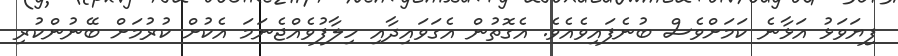
ފިޔަވަޅު އަޅާނެ ކަމަށްވެސް ބުނެފައިވެއެވެ. އެގޮތުން އެގަވައިދާއި ހިލާފުވެއްޖެނަމަ އެކުށް ކުރުމަށް ބޭނުންކުރި